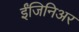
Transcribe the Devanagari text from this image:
ईंजिनिअर